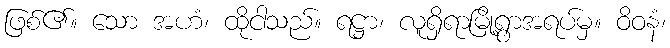
ဖြစ်၏။ သော အဟံ၊ ထိုငါသည်။ ရဋ္ဌာ၊ လူရှိရာမြို့ရွာအရပ်မှ။ ဝိဝနံ၊